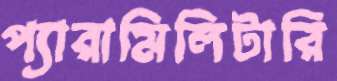
প্যারামিলিটারি